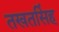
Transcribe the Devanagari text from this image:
तखतसिंह